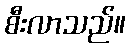
စီးလာသည်။